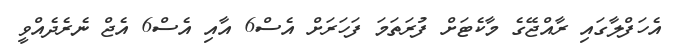
އެހަފްލާގައި ރާއްޖޭގެ މާކެޓަށް ފުރަތަމަ ފަހަރަށް އެސް6 އާއި އެސް6 އެޖް ނެރެދެއްވީ